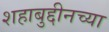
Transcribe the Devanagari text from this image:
शहाबुद्दीनच्या